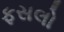
ફસલો